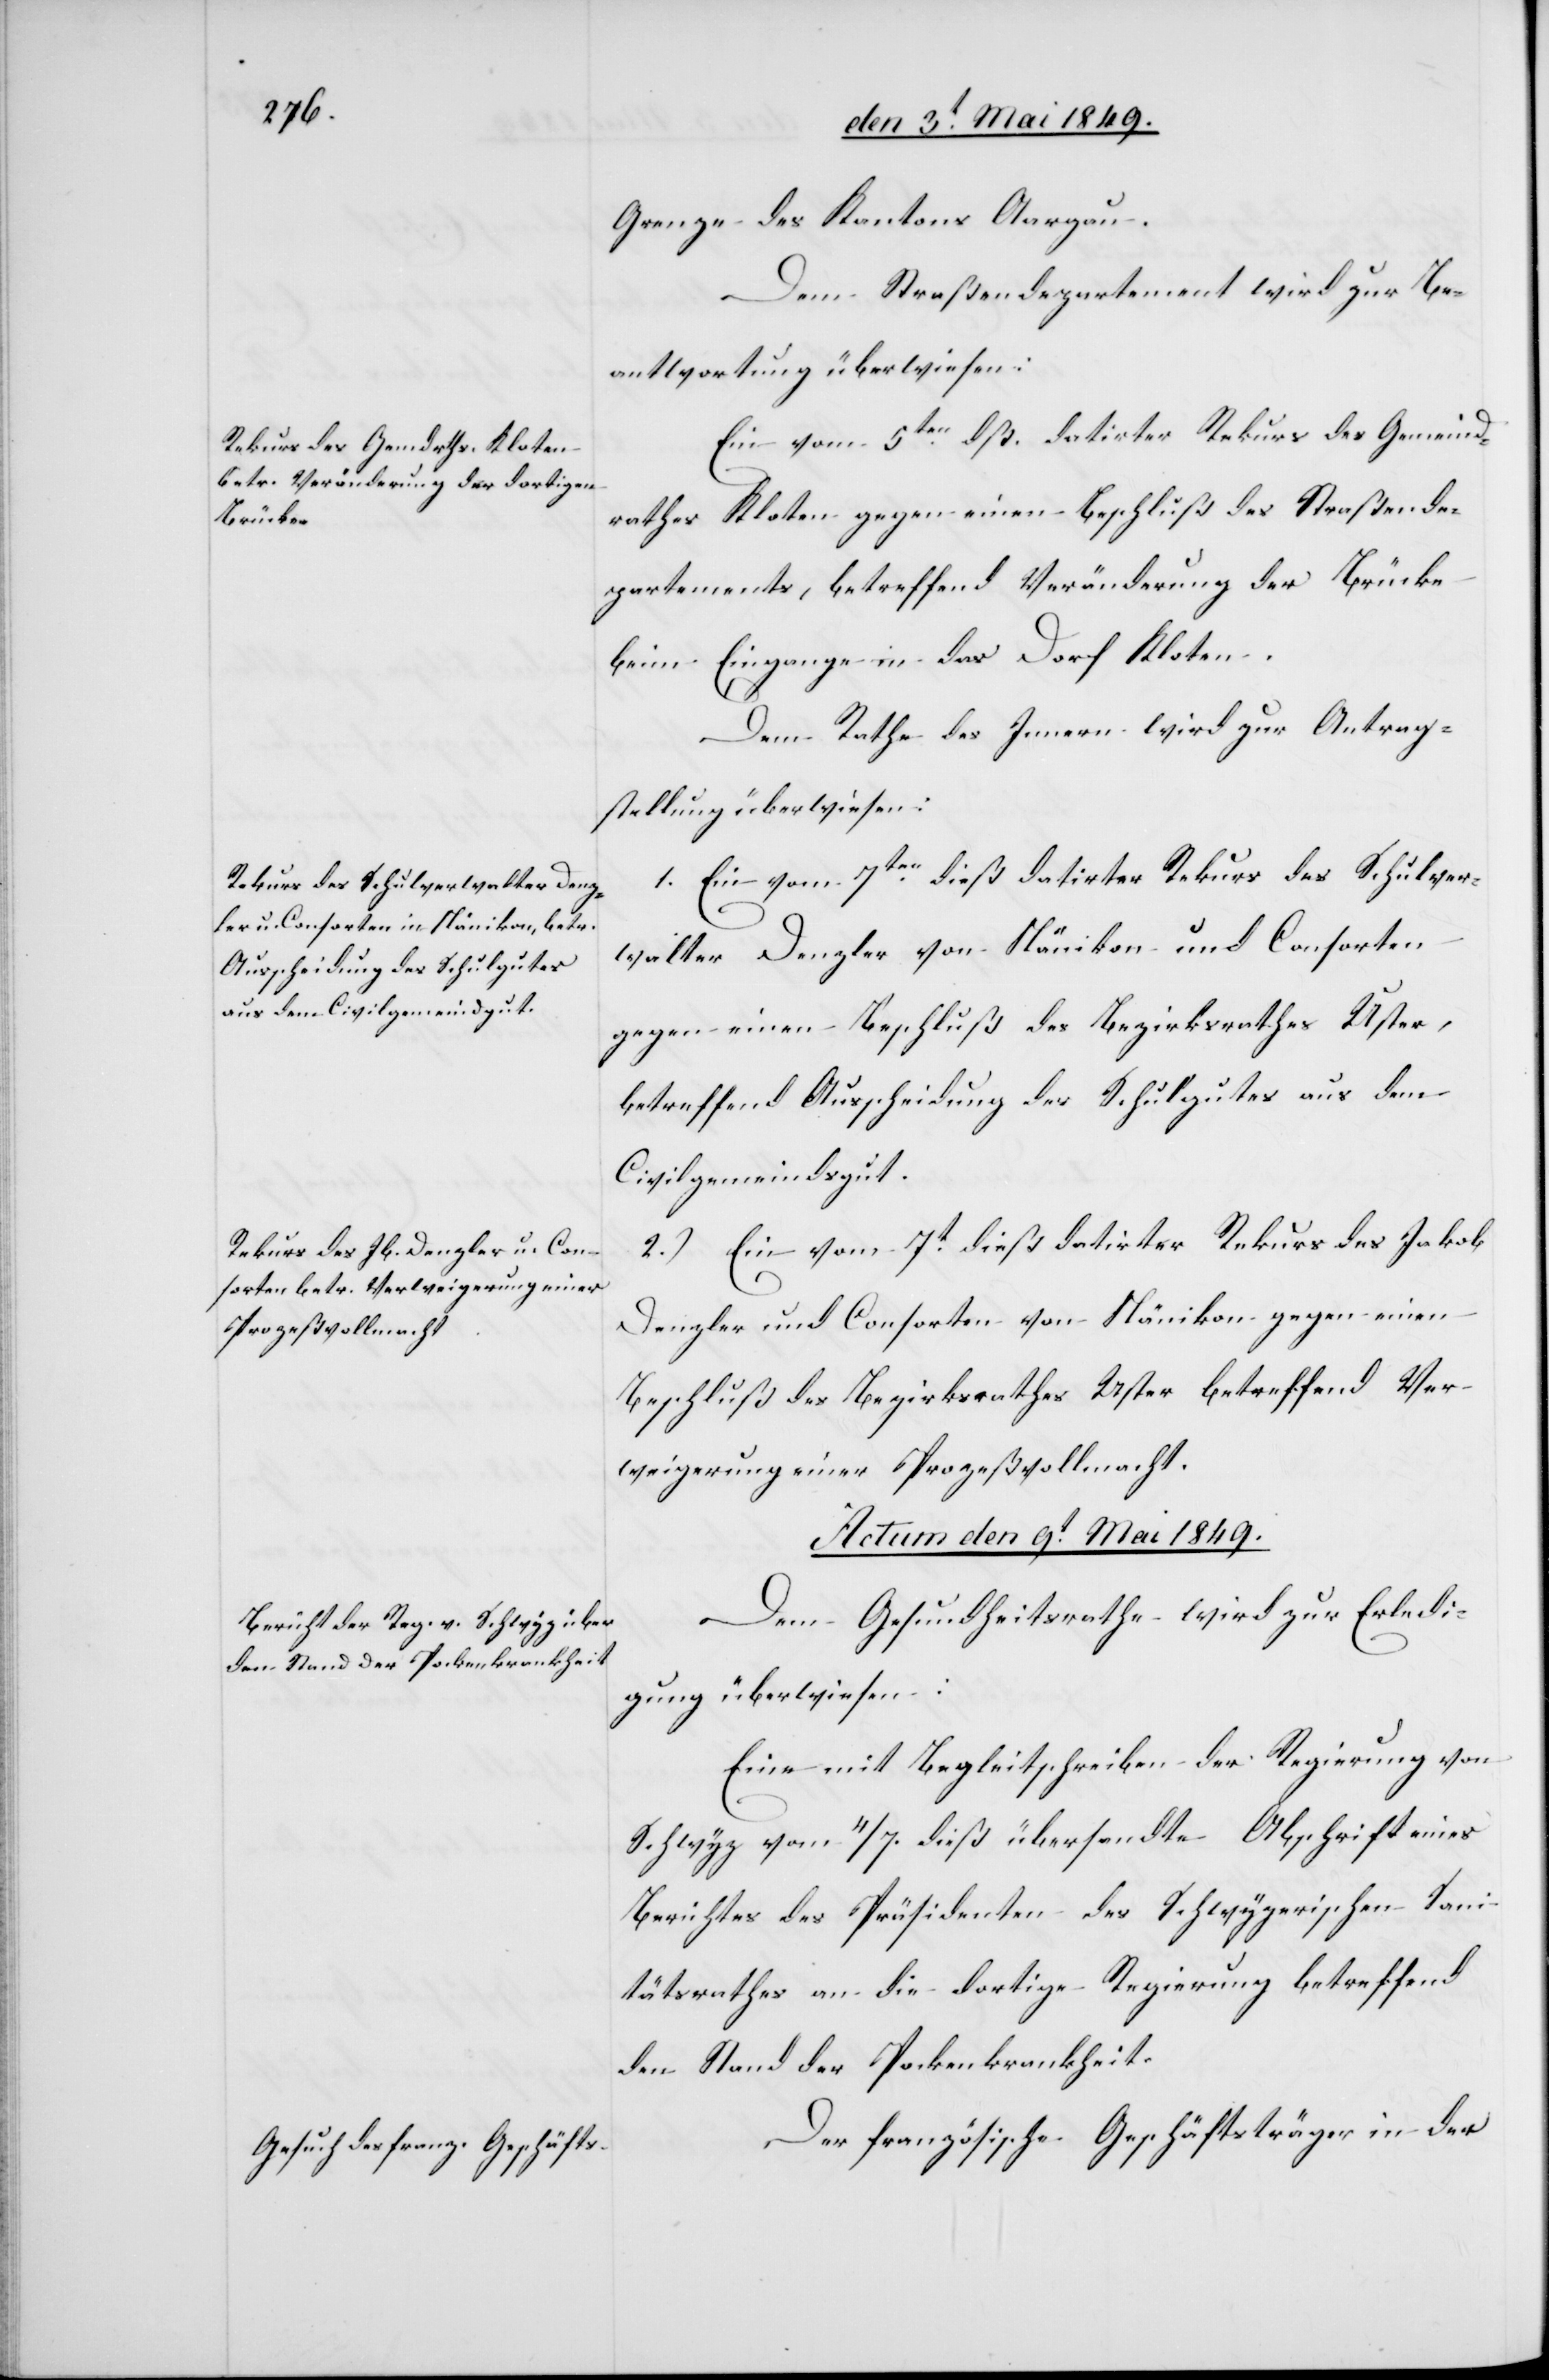
Grenze des Kantons Aargau.
Dem Straßendepartement wird zur Be¬
antwortung überwiesen:
Ein vom 5ten dß. datirter Rekurs des Gemeind¬
rathes Kloten gegen einen Beschluß des Straßende¬
partements, betreffend Veränderung der Brücke
beim Eingange in das Dorf Kloten.
Dem Rathe des Innern wird zur Antrag¬
stellung überwiesen:
1. Ein vom 7ten dieß datirter Rekurs des Schulver¬
walter Denzler von Nänikon und Consorten
gegen einen Beschluß des Bezirksrathes Uster,
betreffend Ausscheidung des Schulgutes aus dem
Civilgemeindsgut.
2.) Ein vom 7t dieß datirter Rekurs des Jakob
Denzler und Consorten von Nänikon gegen einen
Beschluß des Bezirksrathes Uster betreffend Ver¬
weigerung einer Prozeßvollmacht.
Actum den 9t Mai 1849.]
Dem Gesundheitsrathe wird zur Erledi¬
gung überwiesen:
Eine mit Begleitschreiben der Regierung von
Schwyz vom 4/7. dieß übersandte Abschrift eines
Berichtes des Präsidenten des Schwyzerischen Sani¬
tätsrathes an die dortige Regierung betreffend
den Stand der Pockenkrankheit.
Der französische Geschäftsträger in der